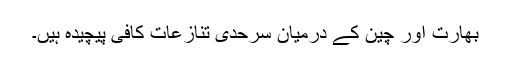
بھارت اور چین کے درمیان سرحدی تنازعات کافی پیچیدہ ہیں۔